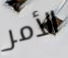
الأمر